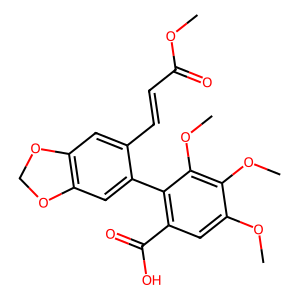
SMILES: COC(=O)C=Cc1cc2c(cc1-c1c(C(=O)O)cc(OC)c(OC)c1OC)OCO2
Inhibits HIV replication: No